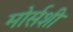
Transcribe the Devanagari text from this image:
मोर्सशी